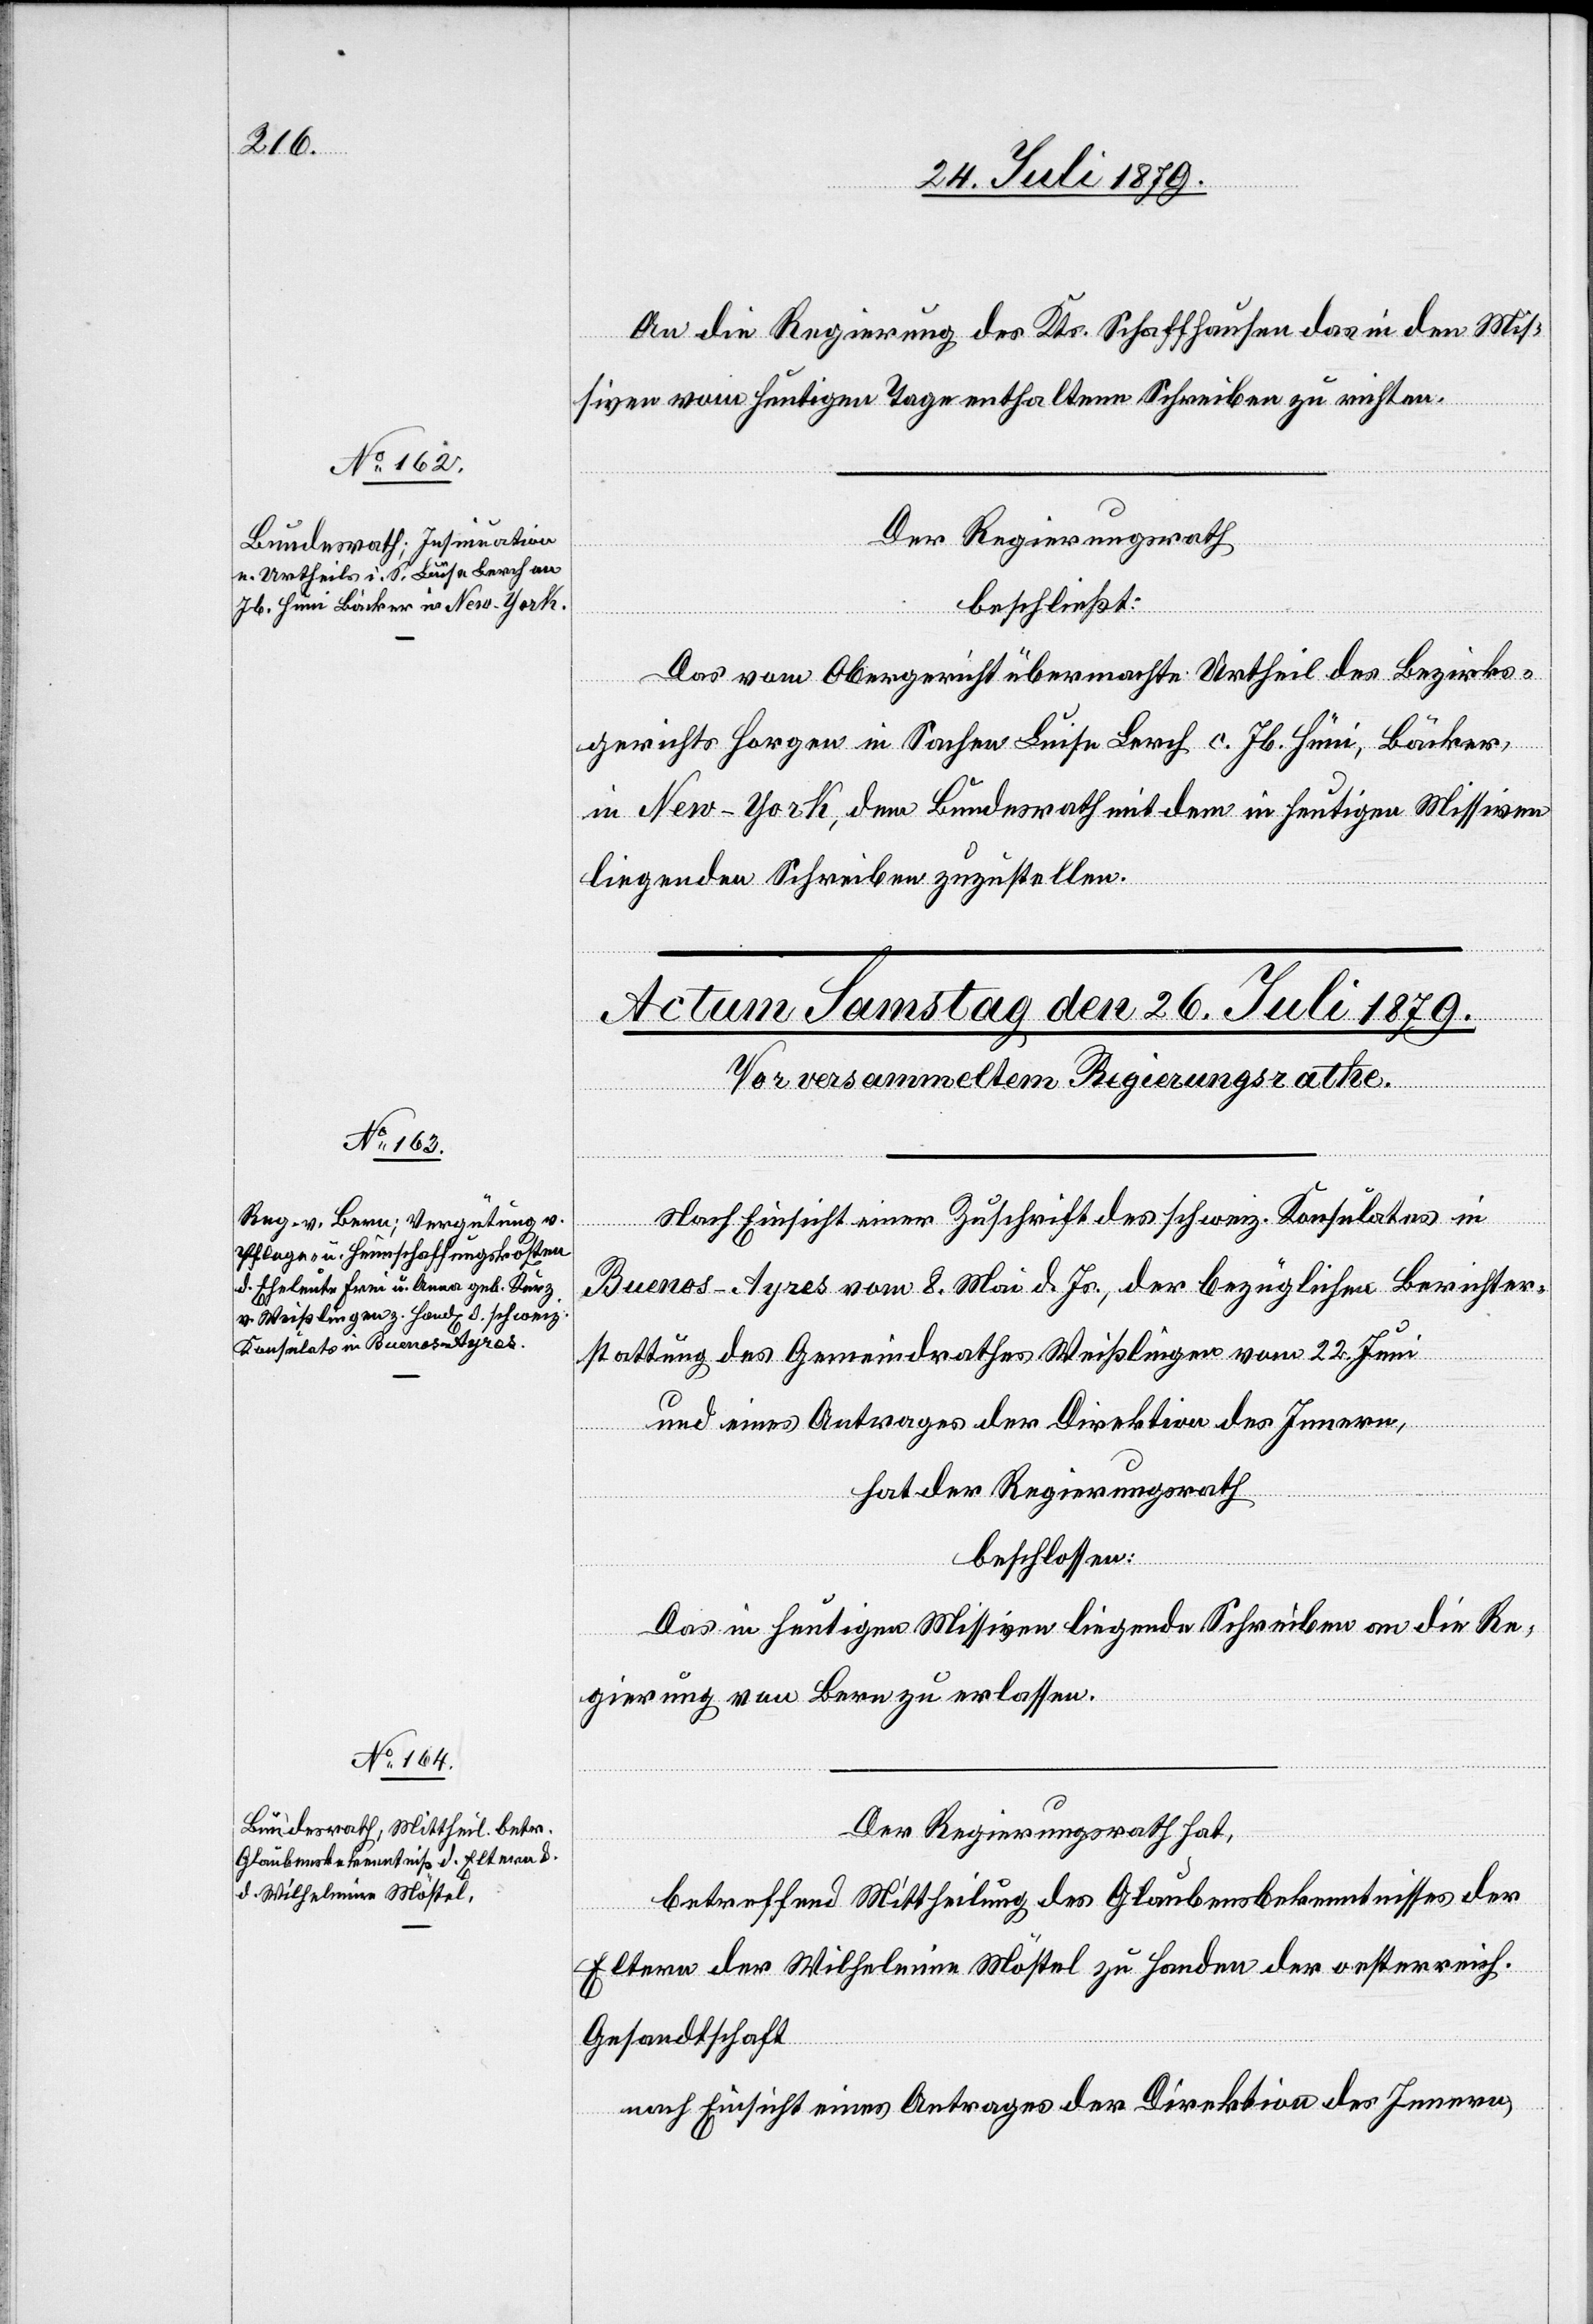
An die Regierung des Kts. Schaffhausen das in den Mis¬
siven vom heutigen Tage enthaltene Schreiben zu richten.
25.
Der Regierungsrath
beschließt:
Das vom Obergericht übermachte Urtheil des Bezirks¬
gerichts Horgen in Sachen Luise Berch, c. Jb. Hüni, Bäcker,
in New-York, dem Bundesrath mit dem in heutigen Missiven
liegenden Schreiben zuzustellen.
Nach Einsicht einer Zuschrift des schweiz. Konsulates in
Buenos-Ayres vom 8. Mai d. Js., der bezüglichen Berichter¬
stattung des Gemeindrathes Weißlingen vom 22. Juni
und eines Antrages der Direktion des Innern,
hat der Regierungsrath
beschlossen:
Das in heutigen Missiven liegende Schreiben an die Re¬
gierung von Bern zu erlassen.
Der Regierungsrath hat,
betreffend Mittheilung des Glaubensbekenntnisses der
Eltern der Wilhelmine Möstel zu Handen der oesterreich.
Gesandtschaft
nach Einsicht eines Antrages der Direktion des Innern,